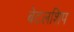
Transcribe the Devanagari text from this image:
बेटलशिप